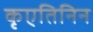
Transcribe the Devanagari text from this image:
कृएतिनिन